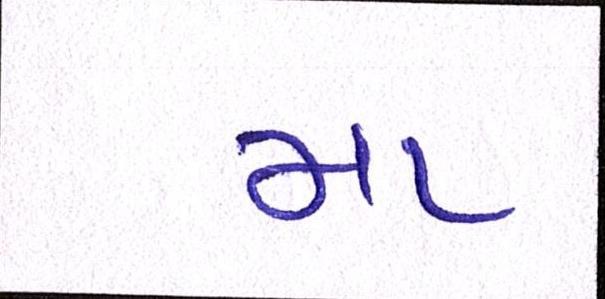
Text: મા